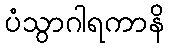
ပံသွာဂါရကာနိ